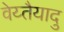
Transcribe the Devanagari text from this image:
वेय्तैयादु